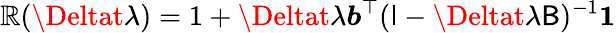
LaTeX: \mathbb{R}(\Deltat\lambda)=1+\Deltat\lambda\boldsymbol{b}^{\top}(\mathsf{{I}}-\Deltat\lambda\mathsf{{B}})^{-1}\boldsymbol{1}